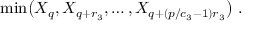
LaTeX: \mathrm { m i n } \big ( X _ { q } , X _ { q + r _ { 3 } } , \ldots , X _ { q + ( p / c _ { 3 } - 1 ) r _ { 3 } } \big ) \ .